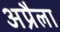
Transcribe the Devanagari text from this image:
अप्रैला